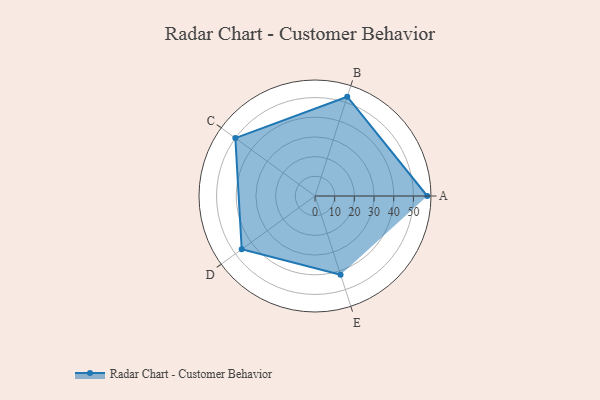
{"axis": {"x": "Skill", "y": "Score"}, "legend": ["Profile"], "data": [{"x": "A", "y": 57.0, "type": "Profile"}, {"x": "B", "y": 53.0, "type": "Profile"}, {"x": "C", "y": 50.0, "type": "Profile"}, {"x": "D", "y": 46.0, "type": "Profile"}, {"x": "E", "y": 42.0, "type": "Profile"}]}